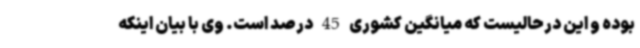
بوده و این درحالیست که میانگین کشوری 45 درصد است. وی با بیان اینکه